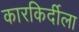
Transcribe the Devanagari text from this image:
कारकिर्दीला